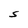
Character: S